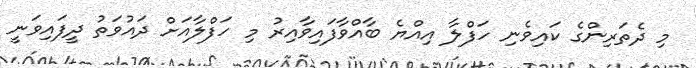
މި ދެތަރިންގެ ކައިވެނި ހަފްލާ އިއްޔެ ބާއްވާފައިވާއިރު މި ހަފްލާއަށް ދައުވަތު ދީފައިވަނީ